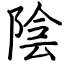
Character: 陰